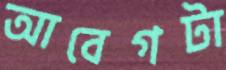
আবেগটা